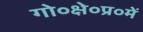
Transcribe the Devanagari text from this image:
गो०क्षे०प्र०में